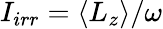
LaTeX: I_{irr}=\langle L_{z}\rangle/\omega